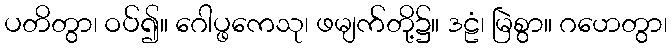
ပတိတွာ၊ ဝပ်၍။ ဂေါပ္ဖကေသု၊ ဖမျက်တို့၌။ ဒဠံ၊ မြဲစွာ။ ဂဟေတွာ၊